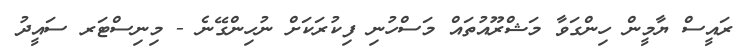
ރައީސް ޔާމީން ހިންގަވާ މަޝްރޫއުތައް މަސްހުނި ފިކުރަކަށް ނުހިންގޭނެ - މިނިސްޓަރ ސައީދު